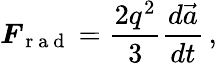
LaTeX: \boldsymbol{F}_{\mathrm{~r~a~d~}}=\frac{2q^{2}}{3}\frac{d\vec{a}}{dt}\, ,